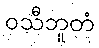
ဝသီဘူတံ